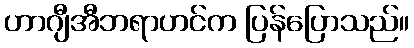
ဟာဂျီအီဘရာဟင်က ပြန်ပြောသည်။